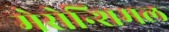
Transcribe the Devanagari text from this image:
मेसेन्शिमल